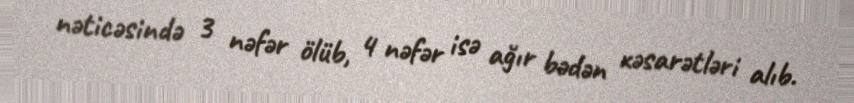
nəticəsində 3 nəfər ölüb, 4 nəfər isə ağır bədən xəsarətləri alıb.